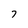
Character: 7